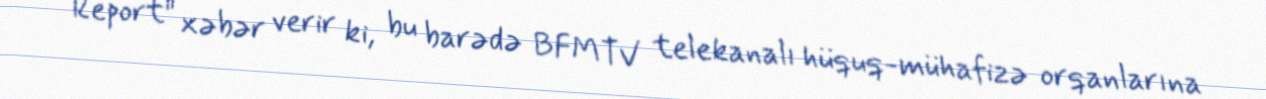
Report" xəbər verir ki, bu barədə BFMTV telekanalı hüquq-mühafizə orqanlarına